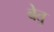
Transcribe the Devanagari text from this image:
बेतु